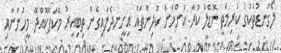
ލޯގަނޑުތަކުގެ ކުރިމަތީ މޮޑެލް ކުރާ އަންހެން ކުދިންތައް އިށީނދެލައިގެން ތިބިއިރު މޭކަޕްކޮއްދޭ މީހުންނާއި